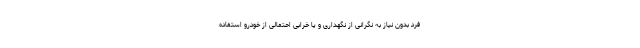
فرد بدون نیاز به نگرانی از نگهداری و یا خرابی احتمالی از خودرو استفاده